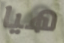
هيا